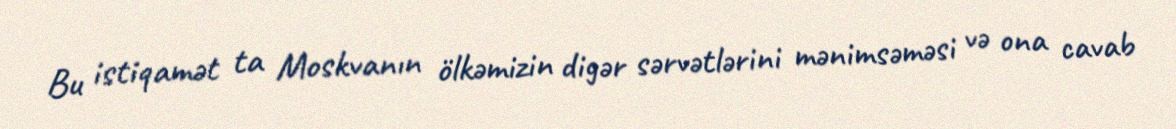
Bu istiqamət ta Moskvanın ölkəmizin digər sərvətlərini mənimsəməsi və ona cavab